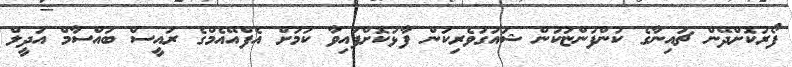
ފޯރުކޮށްދޭން ޗައިނާގެ ކުންފުންޏަކުން ޝައުގުވެރިކަން ފާޅުކޮށްފައިވާ ކަމަށް އެފްއޭއެމްގެ ރައީސް ބައްސާމް އަދީލް